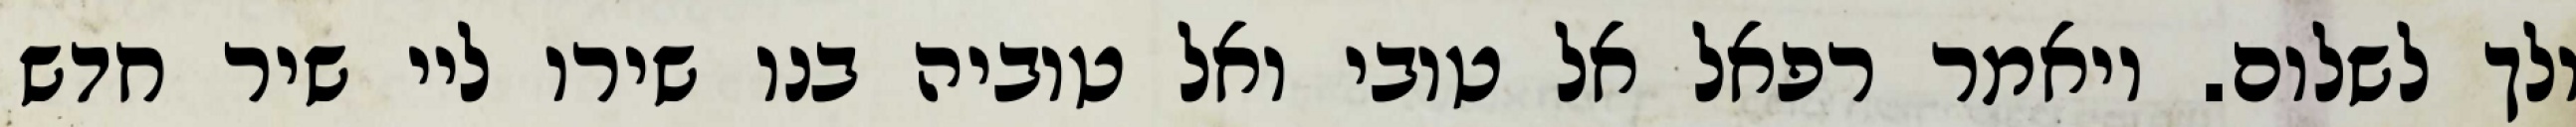
ולך לשלום. ויאמר רפאל אל טובי ואל טוביה בנו שירו ליי שיר חדש